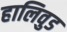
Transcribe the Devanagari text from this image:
हालिवुड